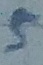
Text: 5